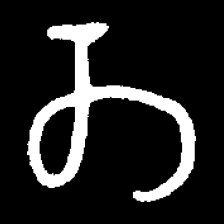
Pyu character \u2014 Myanmar letter: တ (romanized: ta)